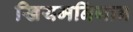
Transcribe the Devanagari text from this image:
खियमनिंगान